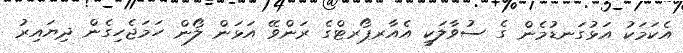
އެކަމަކު އަޅުގަނޑުމެން ގެ ސުވާލަކީ އެއާރޕޯރޓްގެ ރަންވޭ އަޅަން ލޯން ހަމަޖެހިގެން ދިޔައިރު